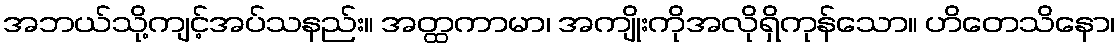
အဘယ်သို့ကျင့်အပ်သနည်း။ အတ္ထကာမာ၊ အကျိုးကိုအလိုရှိကုန်သော။ ဟိတေသိနော၊